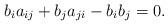
LaTeX: \begin{align*}b_{i}a_{ij}+b_{j}a_{ji}-b_{i}b_{j}=0.\end{align*}